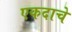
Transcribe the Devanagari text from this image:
एकदाचे